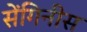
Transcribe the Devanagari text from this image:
सेंगिनीस